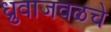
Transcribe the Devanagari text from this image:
ध्रुवाजवळचे